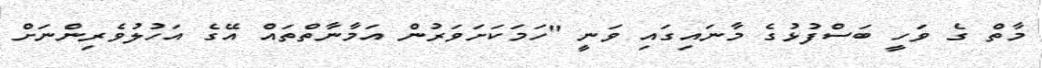
މާތް ގެ ވަހީ ބަސްފުޅުގެ މާނައިގައި ވަނީ "ހަމަކަށަވަރުން އަމާނާތްތައް އޭގެ އަހުލުވެރިންނަށް